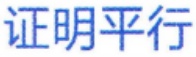
证明平行